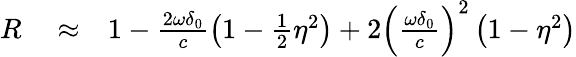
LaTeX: \begin{array}{rlr}{R}&{{}\approx}&{1-\frac{2\omega\delta_{0}}{c}\left(1-\frac{1}{2}\eta^{2}\right)+2\left(\frac{\omega\delta_{0}}{c}\right)^{2}\left(1-\eta^{2}\right)}\end{array}